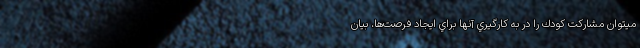
ميتوان مشاركت كودك را در به كارگيري آنها براي ايجاد فرصت‌ها، بيان